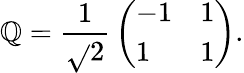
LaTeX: \mathbb{Q}={\frac{{1}}{{\sqrt{}{2}}}}\left(\begin{array}{ll}{{-1}}&{{1}}\\ {{1}}&{{1}}\end{array}\right).